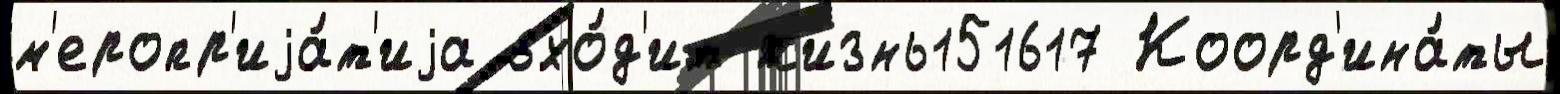
м'еропр'иjа́т'иjа вхо́д'ит жизнь151617 Коорд'ина́ты